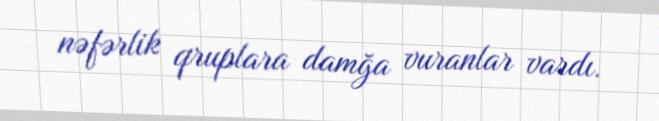
nəfərlik qruplara damğa vuranlar vardı.